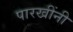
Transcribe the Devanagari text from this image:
पारखींनी